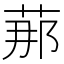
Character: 𦰡